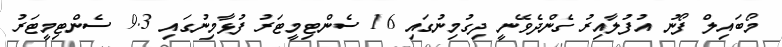
މޯބައިލް ފޯނު އުފުލާއިރު ގެންދެވޭނީ ދިގުމިނުގައި 16 ސެންޓިމީޓަރު ފުޅާމިނުގައި 9.3 ސެންޓިމީޓަރު